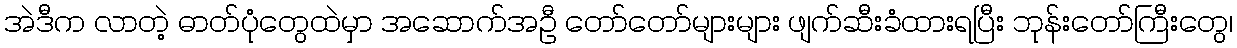
အဲဒီက လာတဲ့ ဓာတ်ပုံတွေထဲမှာ အဆောက်အဦ တော်တော်များများ ဖျက်ဆီးခံထားရပြီး ဘုန်းတော်ကြီးတွေ၊